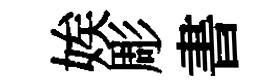
娭彫書